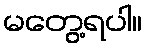
မတွေ့ရပါ။